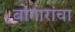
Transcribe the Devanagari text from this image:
बोगारांचा